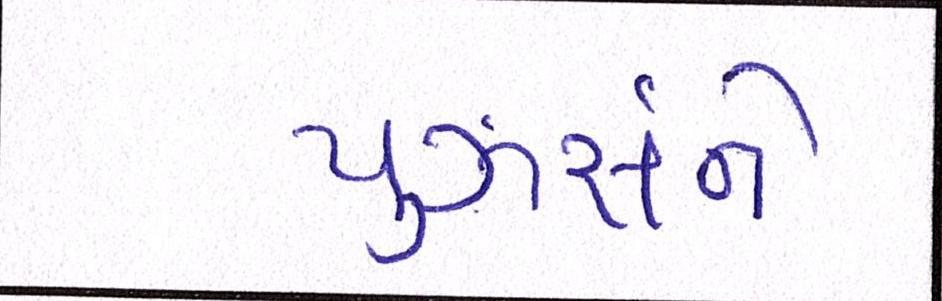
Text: યૂઝર્સને